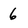
Character: 6